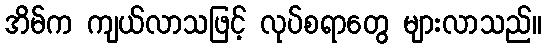
အိမ်က ကျယ်လာသဖြင့် လုပ်စရာတွေ များလာသည်။